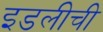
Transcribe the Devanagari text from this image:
इडलीची